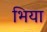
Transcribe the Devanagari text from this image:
भिया